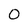
Character: 0